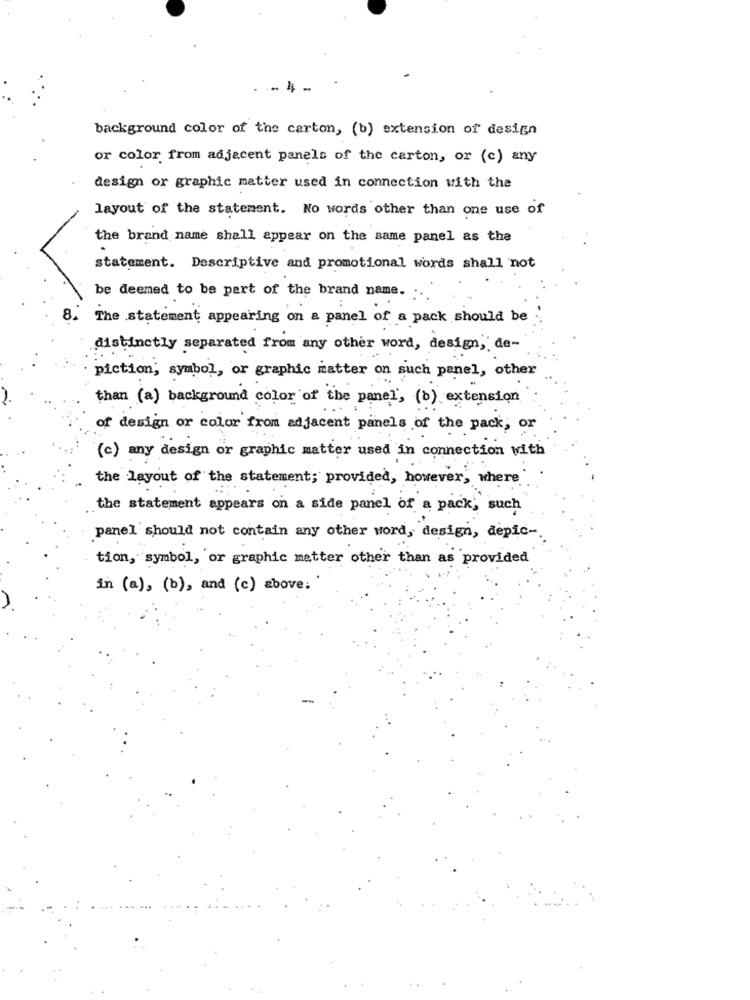
background color of the carton, (b) extension of design
or color from adjacent panels of the carton, or (c) any
design or graphic matter used in connection with the
layout of the statement. No words other than one use of
the brand name shall appear on the same panel as the
statement. Descriptive and promotional words shall not
be deemed to be part of the brand name.
8.
The statement appearing on a panel of a pack should be
distinctly separated from any other word, design, de-
piction , symbol , or graphic matter on such panel , other
than ( a ) background color of the panel , (b ) extension
of design or color from adjacent panels of the pack , or
(c) any design or graphic matter used in connection with
the layout of the statement; provided, however, where
the statement appears on a side panel of a pack, such
panel should not contain any other word, design, depic-
tion, symbol, or graphic matter other than as provided
in (a), (b), and (c) above: